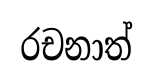
රචනාත්